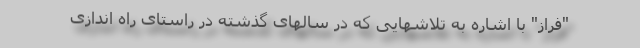
"فراز" با اشاره به تلاشهایی که در سالهای گذشته در راستای راه اندازی